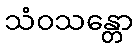
သံဝသန္တော